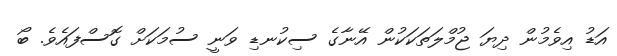
އަޑު އިވެމުން ދިޔަ ޖުމްލަތަކަކުން އޭނާގެ ސިކުނޑި ވަނީ ސުމަކަށް ގޮސްފައެވެ. ބޯ